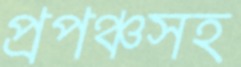
প্রপঞ্চসহ